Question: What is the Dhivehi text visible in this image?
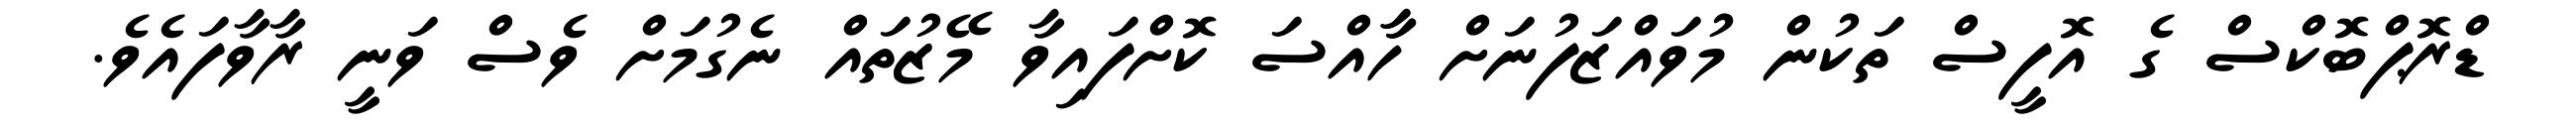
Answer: ޑްރޮޕްބޮކްސް ގެ އޮފީސް ތަކުން މުވައްޒަފުނަށް ހާާއްސަ ކޮށްފައިވާ މޭޒުތައް ނެގުމަށް ވެސް ވަނީ ރާވާފައެވެ.